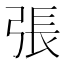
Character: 張